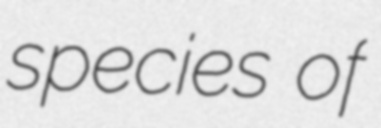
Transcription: species of